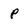
Character: P